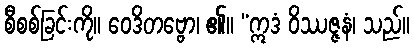
စီစစ်ခြင်းကို။ ဝေဒိတဗ္ဗော၊ ၏။ “ဣဒံ ဝိဿဇ္ဇနံ၊ သည်။